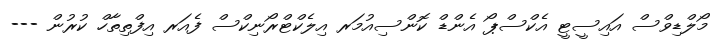
މޯލްޑިވްސް އައިސީޓީ އެކްސްޕޯ އެންޑް ކޮންސިއުމަރ އިލެކްޓްރޯނިކްސް ފެއަރ އިފްތިތާހް ކުރުން ---